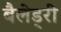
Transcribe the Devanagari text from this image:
बैलेड्री